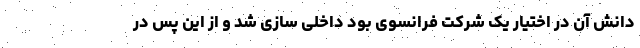
دانش آن در اختیار یک شرکت فرانسوی بود داخلی سازی شد و از این پس در